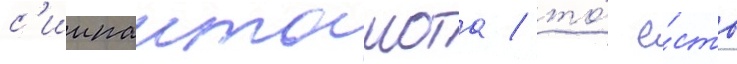
с'иипанташота / то́ е́сть